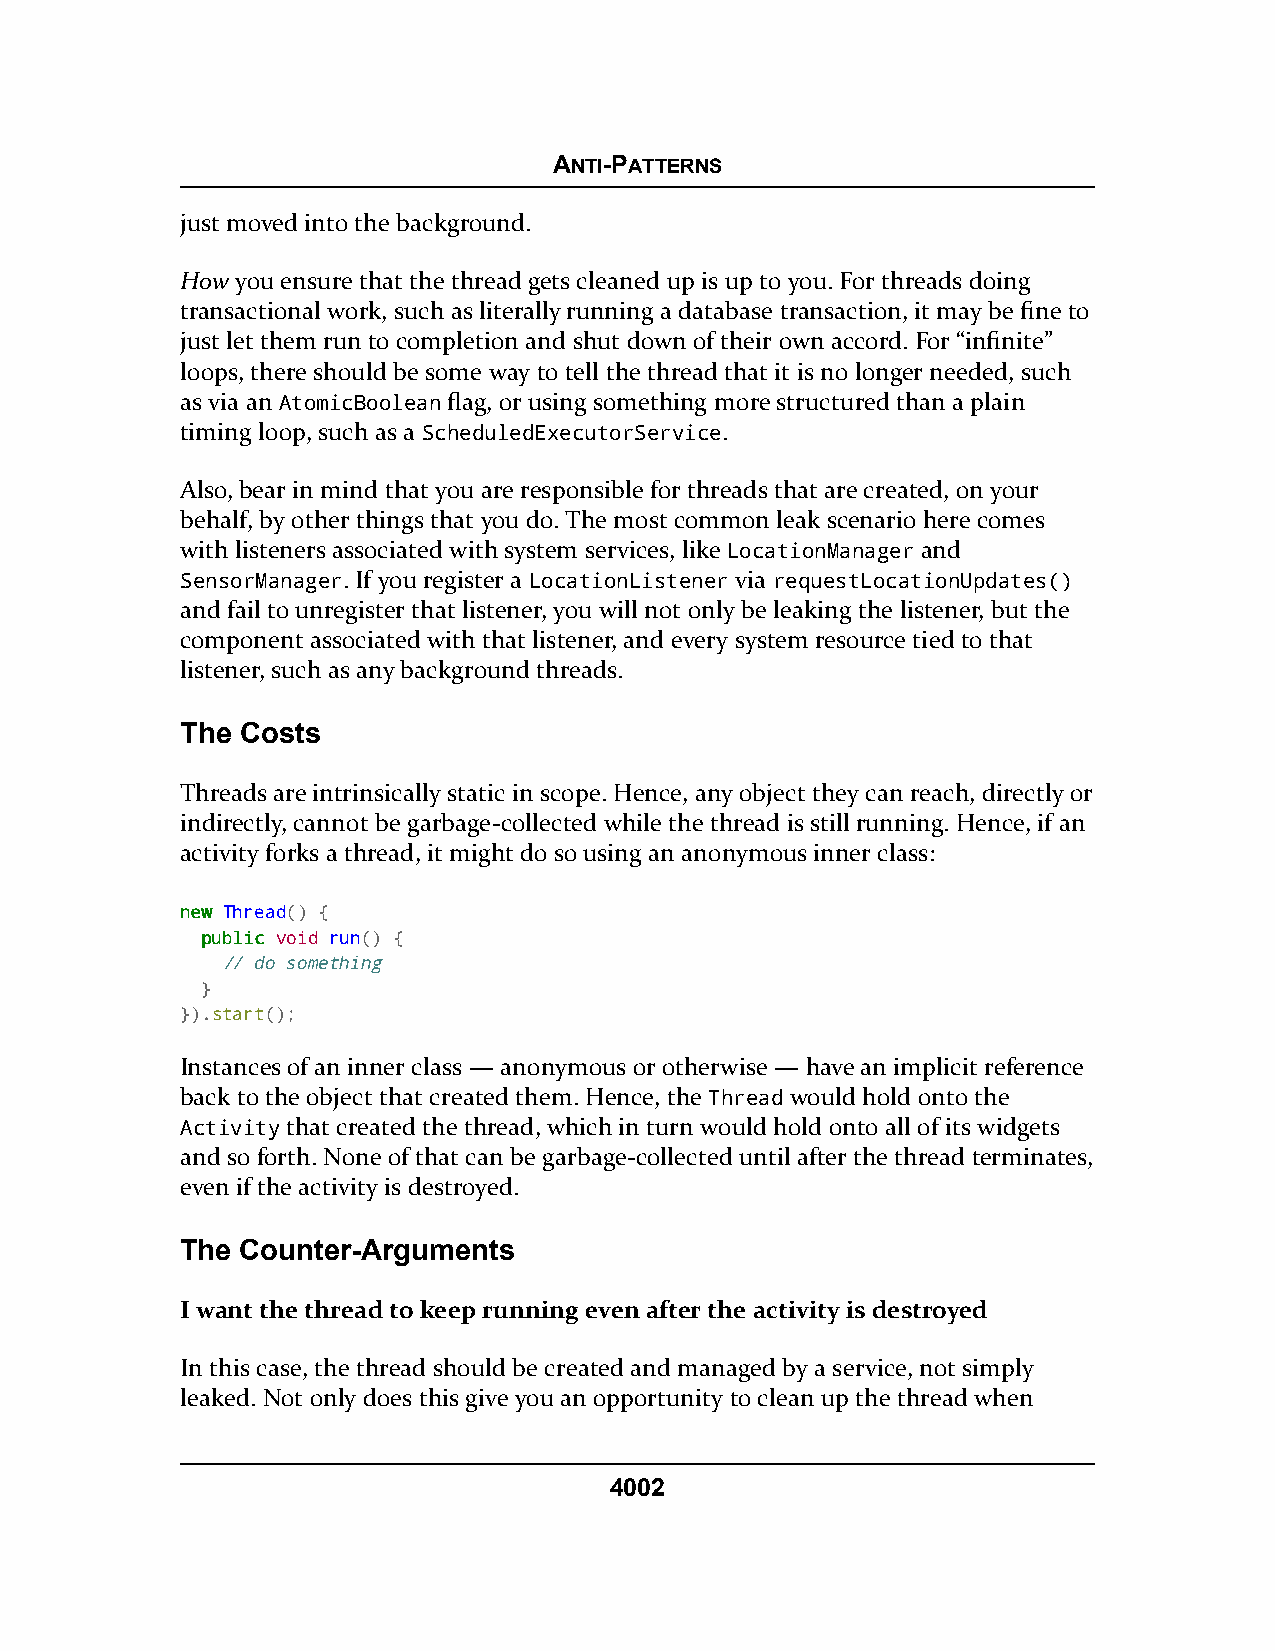
ANTI-PATTERNS
 just moved into the background.
 How you ensure that the thread gets cleaned up is up to you. For threads doing
 transactional work, such as literally running a database transaction, it may be fine to
 just let them run to completion and shut down of their own accord. For “infinite”
 loops, there should be some way to tell the thread that it is no longer needed, such
 as via an AtomicBoolean flag, or using something more structured than a plain
 timing loop, such as a ScheduledExecutorService.
 Also, bear in mind that you are responsible for threads that are created, on your
 behalf, by other things that you do. The most common leak scenario here comes
 with listeners associated with system services, like LocationManager and
 SensorManager. If you register a LocationListener via requestLocationUpdates()
 and fail to unregister that listener, you will not only be leaking the listener, but the
 component associated with that listener, and every system resource tied to that
 listener, such as any background threads.
 The Costs
 Threads are intrinsically static in scope. Hence, any object they can reach, directly or
 indirectly, cannot be garbage-collected while the thread is still running. Hence, if an
 activity forks a thread, it might do so using an anonymous inner class:
 nneeww Thread() {
 ppuubblliicc void run() {
 // do something
 }
 }).start();
 Instances of an inner class — anonymous or otherwise — have an implicit reference
 back to the object that created them. Hence, the Thread would hold onto the
 Activity that created the thread, which in turn would hold onto all of its widgets
 and so forth. None of that can be garbage-collected until after the thread terminates,
 even if the activity is destroyed.
 The Counter-Arguments
 I want the thread to keep running even after the activity is destroyed
 In this case, the thread should be created and managed by a service, not simply
 leaked. Not only does this give you an opportunity to clean up the thread when
 4002